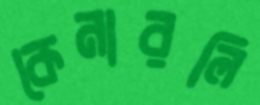
কেনারলি